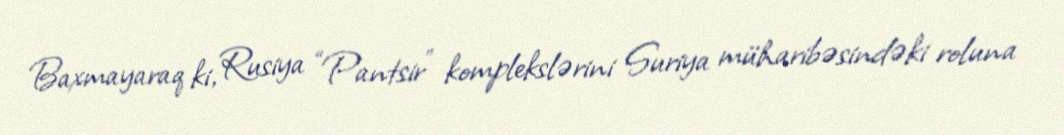
Baxmayaraq ki, Rusiya “Pantsir” komplekslərini Suriya müharibəsindəki roluna